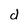
Character: d